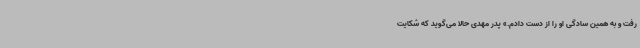
رفت و به همین سادگی او را از دست دادم.» پدر مهدی حالا می‌گوید که شکایت